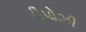
ડીપોઝી